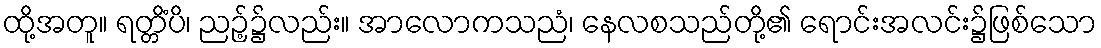
ထို့အတူ။ ရတ္တိံပိ၊ ညဉ့်၌လည်း။ အာလောကသညံ၊ နေလစသည်တို့၏ ရောင်းအလင်း၌ဖြစ်သော